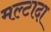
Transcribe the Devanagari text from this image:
मल्टादा